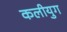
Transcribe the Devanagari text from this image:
कलीयुग